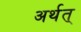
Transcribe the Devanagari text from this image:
अर्थत्